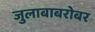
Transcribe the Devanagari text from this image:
जुलाबाबरोबर